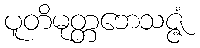
ပူတိမုတ္တဘေသဇ္ဇံ